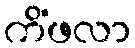
ကိံဖလာ